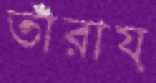
তাঁরায়